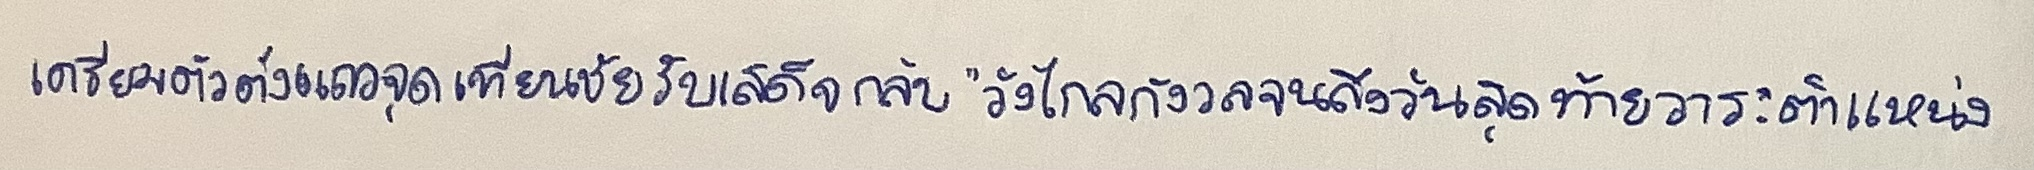
เตรียมตั้งแถวจุดเทียนชัยรับเสด็จกลับ"วังไกลกังวลจนถึงวันสุดท้ายวาระตำแหน่ง